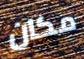
مكان